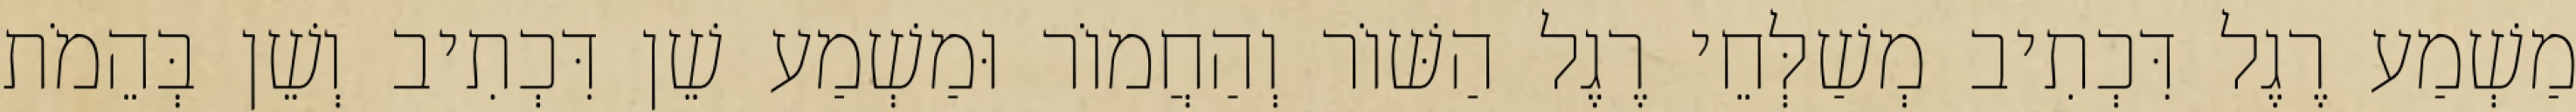
מַשְׁמַע רֶגֶל דִּכְתִיב מְשַׁלְּחֵי רֶגֶל הַשּׁוֹר וְהַחֲמוֹר וּמַשְׁמַע שֵׁן דִּכְתִיב וְשֵׁן בְּהֵמֹת